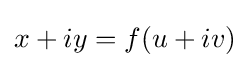
x+iy=f(u+iv)